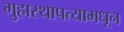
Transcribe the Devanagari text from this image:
गुहास्थापत्यामधून